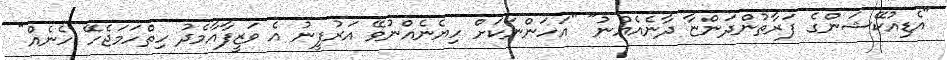
"އެޑިއުކޭޝަންގެ ފަރާތުންދަންޏާ ދާނެއެއްނު" "އަހަންނަކަށް ހިޔެނެއްނުވޭ އަރުފީނު އެ ވަޒީފާއާމެދު ހިތްހަމަޖެހޭ ހެނެއް"